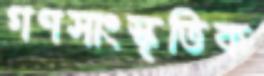
গণসাংস্কৃতিক